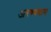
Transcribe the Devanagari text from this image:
अरण्यवास